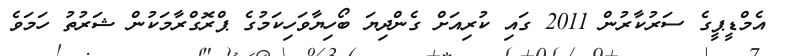
އެމްޑީޕީގެ ސަރުކާރުން 2011 ގައި ކުރިއަށް ގެންދިޔަ ބޯހިޔާވަހިކަމުގެ ޕްރޮގްރާމަކުން ޝަރުތު ހަމަވެ